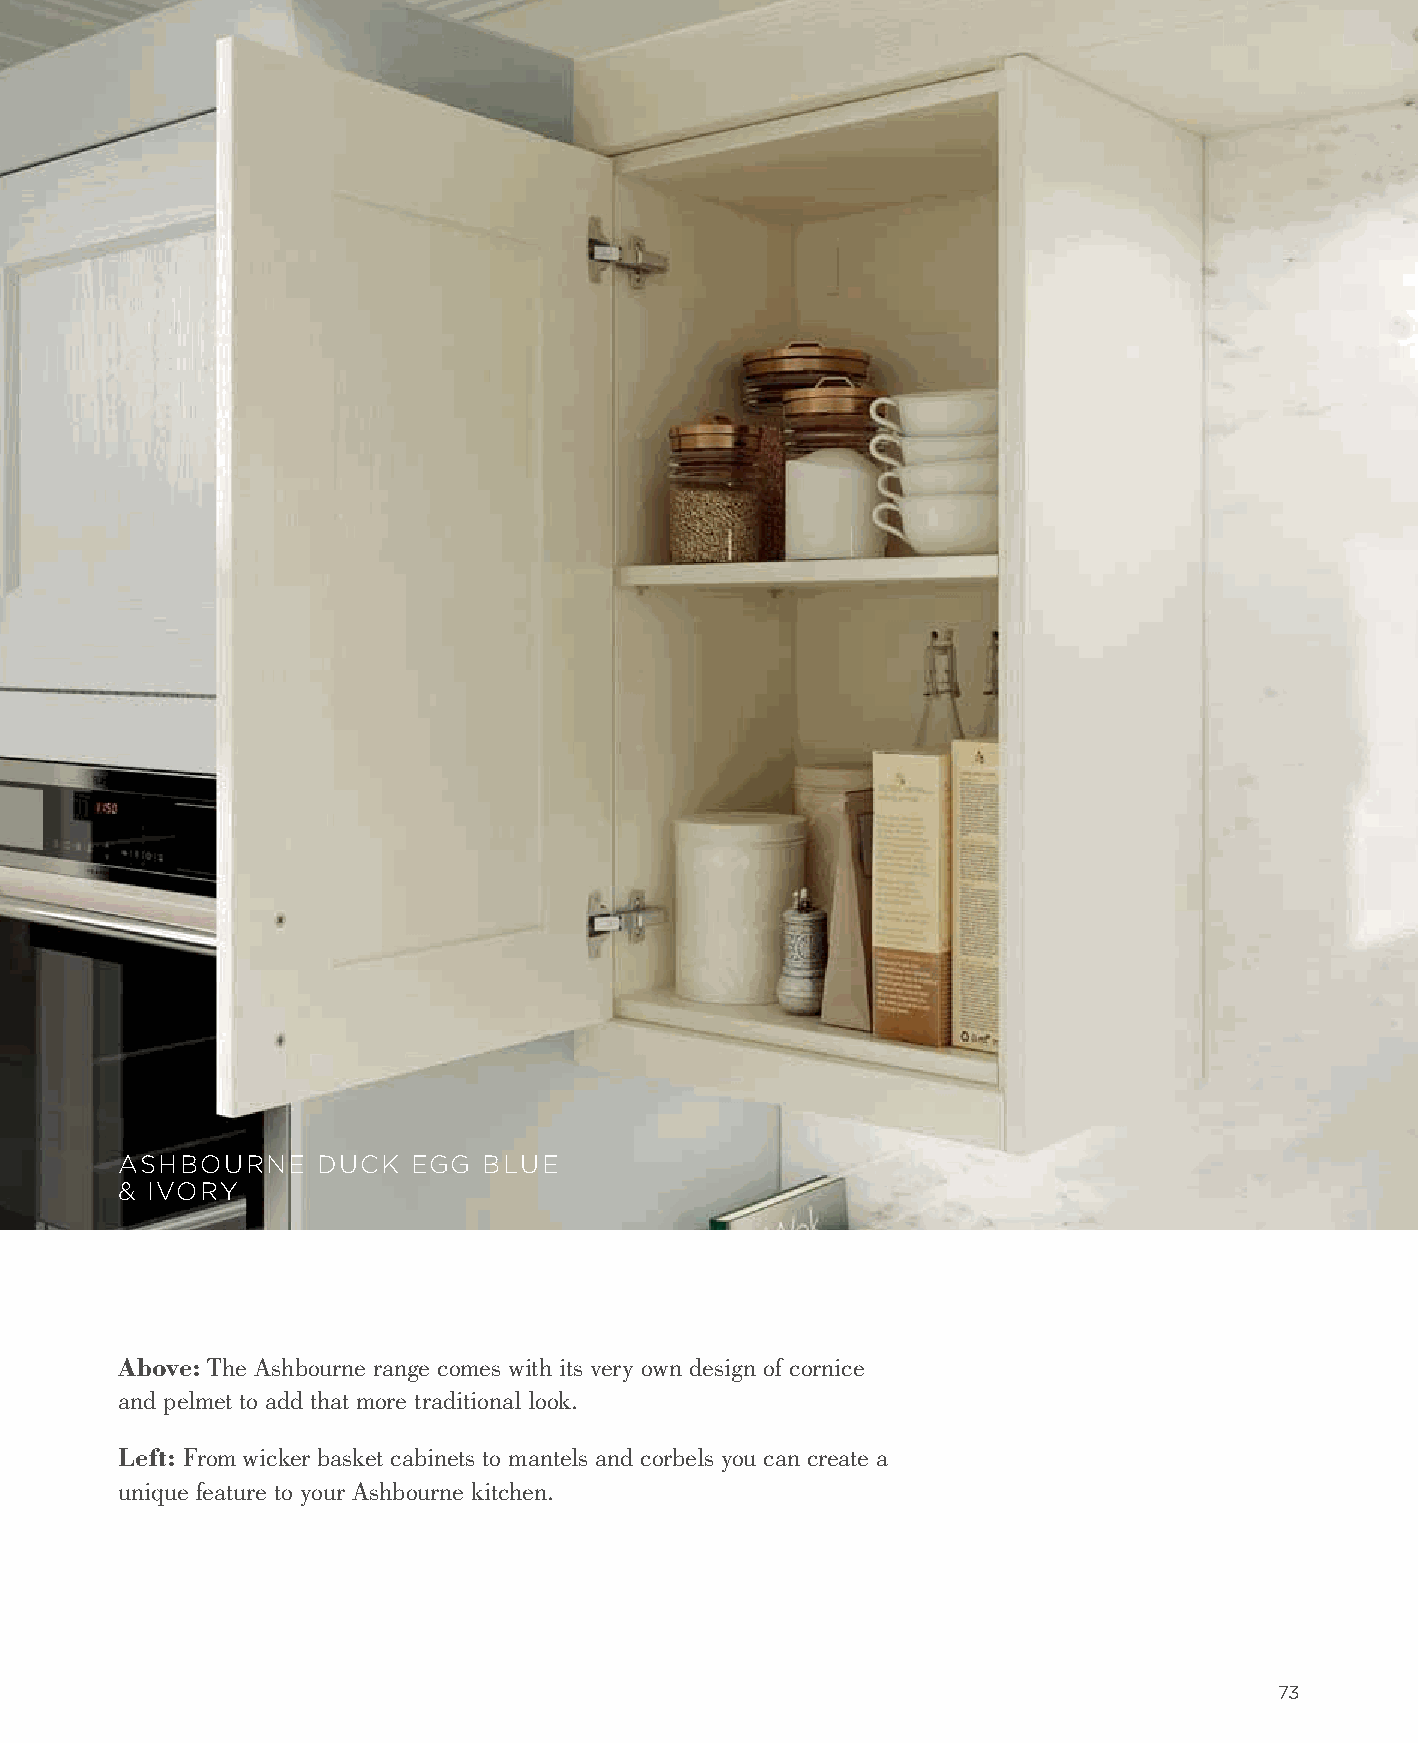
ASHBOURNE    DUCK  EGG  BLUE
 & IVORY
 Above: The Ashbourne range comes with its very own design of cornice
 and pelmet to add that more traditional look.
 Left: From wicker basket cabinets to mantels and corbels you can create a
 unique feature to your Ashbourne kitchen.
 73